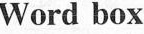
Word box